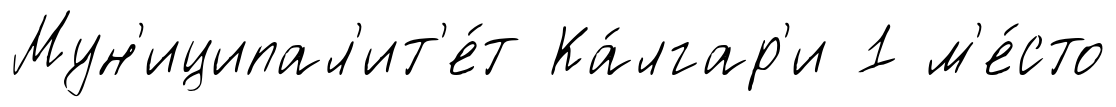
Мун'иципал'ит'е́т Ка́лгар'и 1 м'е́сто